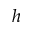
h